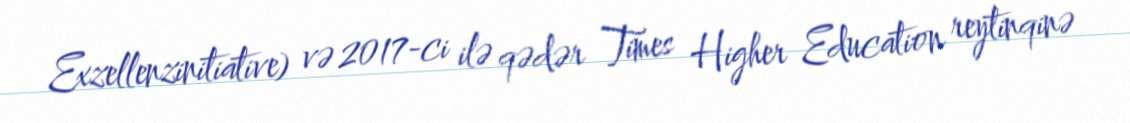
Exzellenzinitiative) və 2017-ci ilə qədər Times Higher Education reytinqinə